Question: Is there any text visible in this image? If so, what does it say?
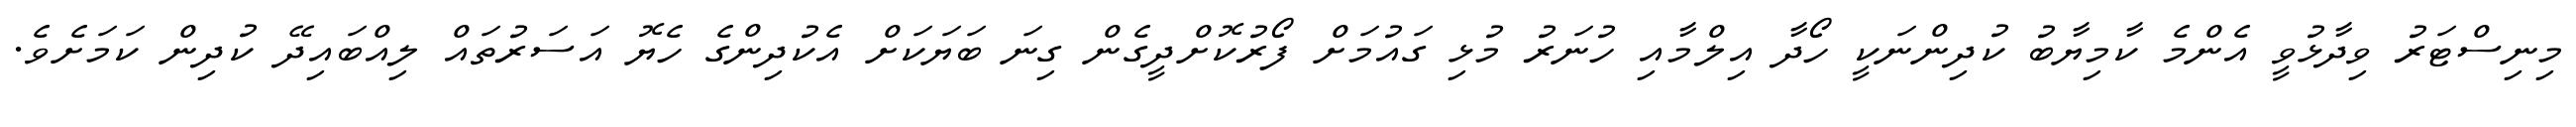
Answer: މިނިސްޓަރު ވިދާޅުވީ އެންމެ ކާމިޔާބު ކުދިންނަކީ ހޯދާ އިލްމާއި ހުނަރު މުޅި ގައުމަށް ފޯރުކޮށްދީގެން ގިނަ ބަޔަކަށް އެކުދިންގެ ހެޔޮ އަސަރުތައް ލިއްބައިދޭ ކުދިން ކަމަށެވެ.